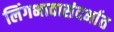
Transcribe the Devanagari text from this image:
लिंगभावासंदर्भात